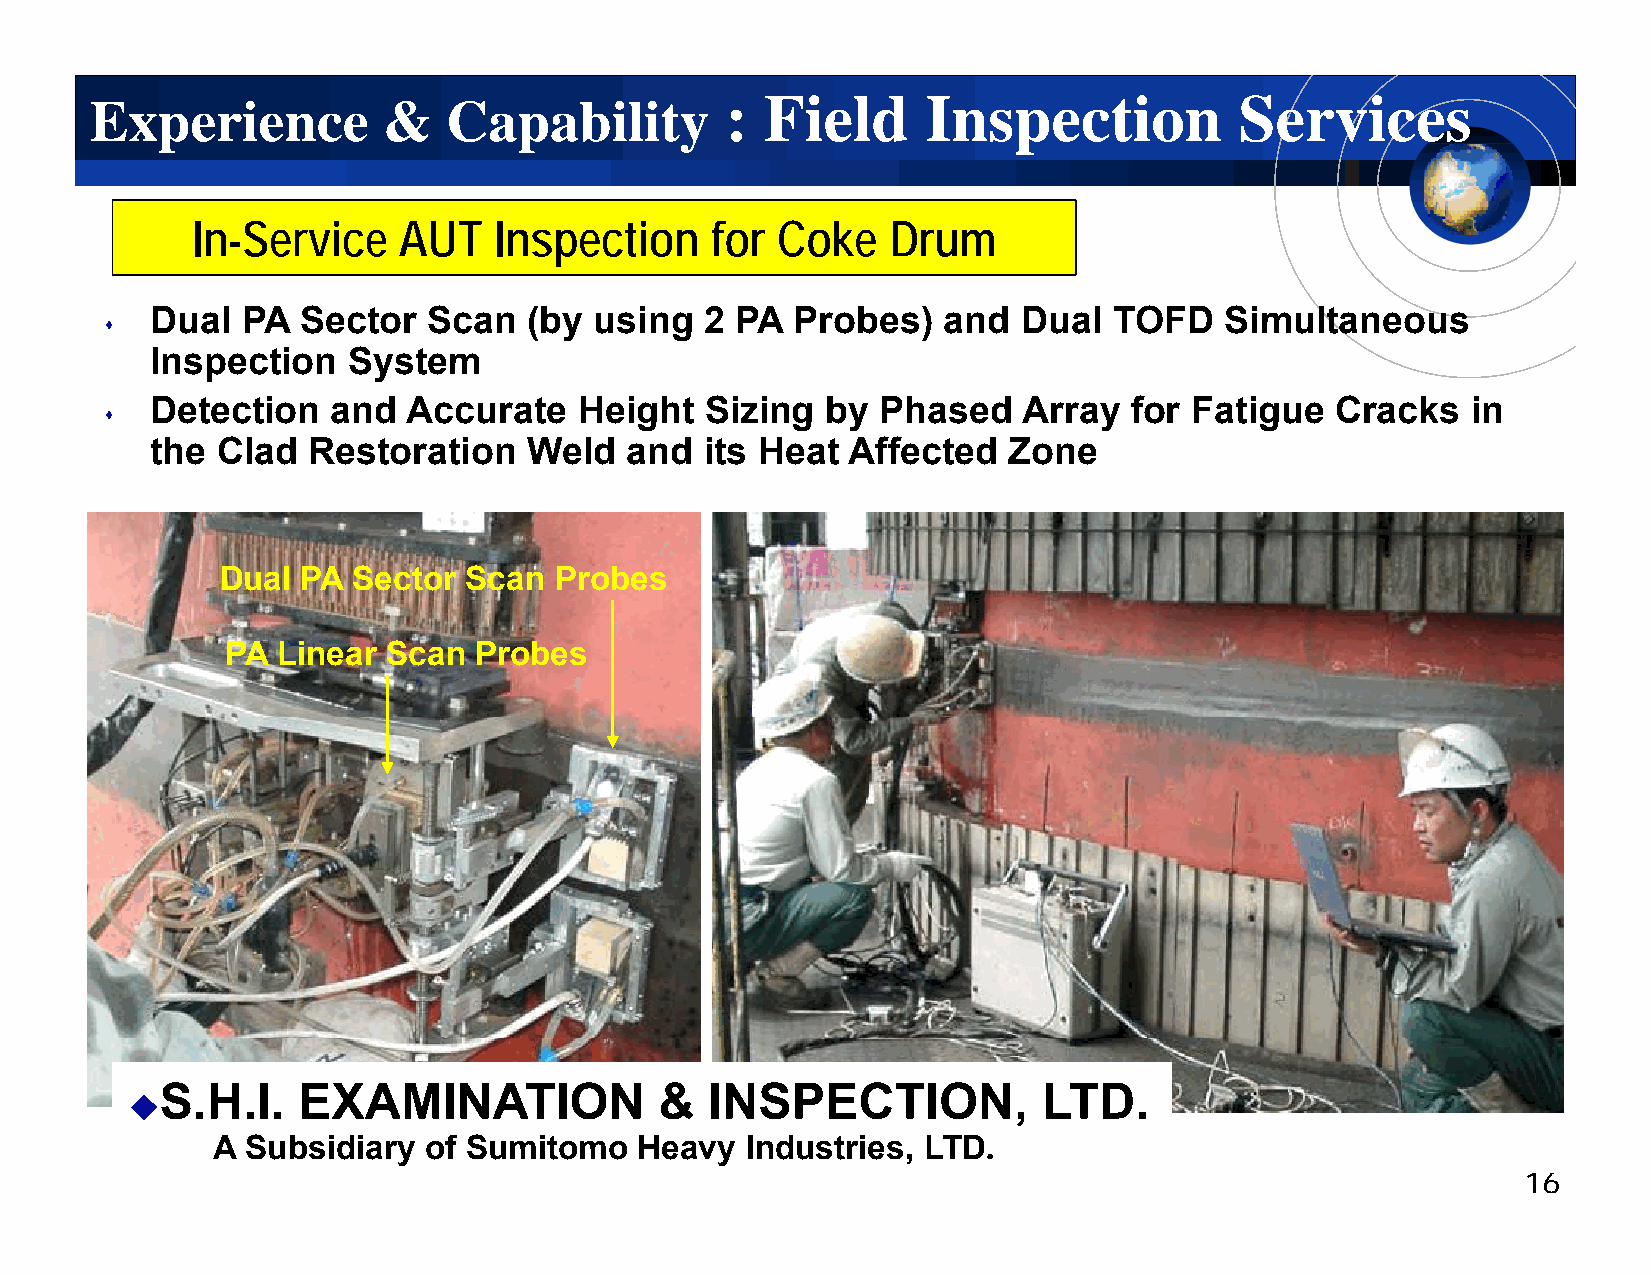
:: FFiieelldd IInnssppeeccttiioonn SSeerrvviicceess
 EExxppeerriieennccee && CCaappaabbiilliittyy
 IInn-SSeerrvviiccee AAUUTT IInnssppeeccttiioonn ffoorr CCookkee DDrruumm
 Dual  PA  Sector  Scan   (by using   2 PA  Probes)  and   Dual  TOFD   Simultaneous
 
 Inspection   System
 Detection   and  Accurate   Height   SSizing by Phased    Array  ffor Fatigue CCracks  in
 
 the Clad  Restoration    Weld  and   its Heat Affected   Zone
 Dual PA Sector  Scan  Probes
 PA Linear  Scan Probes
 S.H.I.   EXAMINATION             &  INSPECTION,           LTD.
 
 A Subsidiary  of Sumitomo   Heavy  Industries, LTD.
 16